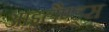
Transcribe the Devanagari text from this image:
आइलैण्ड्स